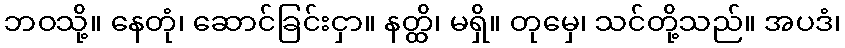
ဘဝသို့။ နေတုံ၊ ဆောင်ခြင်းငှာ။ နတ္ထိ၊ မရှိ။ တုမှေ၊ သင်တို့သည်။ အပဒံ၊